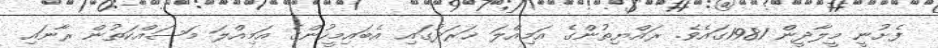
ފެށުނީ މީލާދީން 1981ގައެވެ. ރައްޔިތުންގެ އަމިއްލަ ޚަރަދުގައި އެބައިމީހުންގެ އަމިއްލަ މަސައްކަތުން ރާނައި